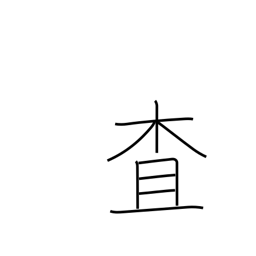
Meaning: investigate